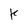
Character: k